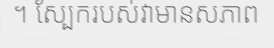
។ ស្បែករបស់វាមានសភាព